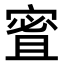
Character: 𪧠